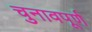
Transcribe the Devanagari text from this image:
चुनावपूर्ण